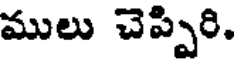
ములు చెప్పిరి.